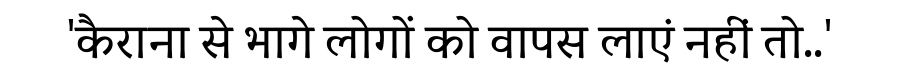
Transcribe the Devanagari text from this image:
'कैराना से भागे लोगों को वापस लाएंं नहीं तो..'